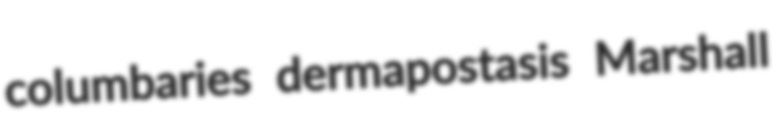
columbaries dermapostasis Marshall